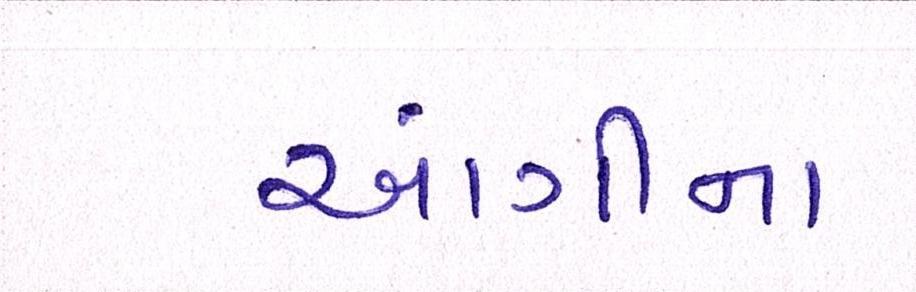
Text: આંગીના